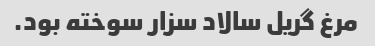
مرغ گریل سالاد سزار سوخته بود.